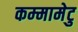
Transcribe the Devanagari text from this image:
कम्‍मामेटु